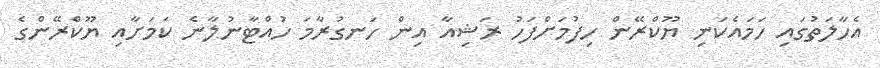
އެހާލަތުގައި ހަމައެކަނި ޔޫކްރޭން ހިފުމަށްފަހު ރަޝިއާ އިން ހަނގުރާމަ ހުއްޓާނުލާނެ ކަމަށާާއި ޔޫކްރޭންގެ